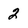
Character: 2